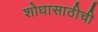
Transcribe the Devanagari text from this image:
शोधासाठीची